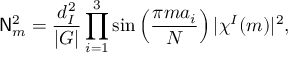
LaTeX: { \sf N } _ { m } ^ { 2 } = \frac { d _ { I } ^ { 2 } } { | G | } \prod _ { i = 1 } ^ { 3 } \sin \left( \frac { \pi m a _ { i } } { N } \right) | \chi ^ { I } ( m ) | ^ { 2 } ,